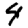
Digit: 4